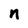
Character: n